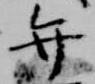
弁